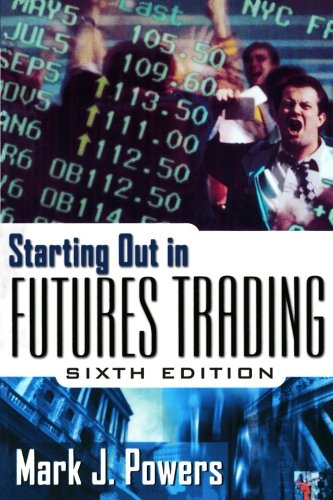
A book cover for Starting Out in Futures Trading; Mark Powers; Business & Money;